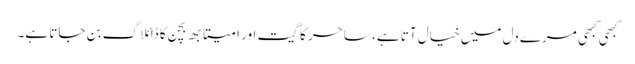
کبھی کبھی مرے دل میں خیال آتا ہے، ساحر کا گیت اور امیتابھ بچن کا ڈائلاگ بن جاتا ہے۔